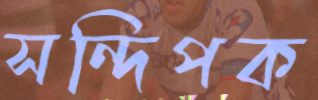
সন্দিপক